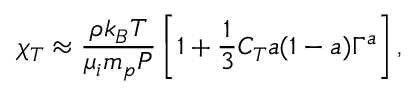
\chi _ { T } \approx { \frac { \rho k _ { B } T } { \mu _ { i } m _ { p } P } } \left[ 1 + { \frac { 1 } { 3 } } C _ { T } a ( 1 - a ) \Gamma ^ { a } \right] ,